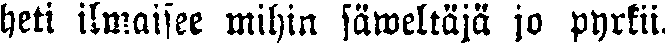
heti ilmaisee mihin säweltäjä jo pyrkii.